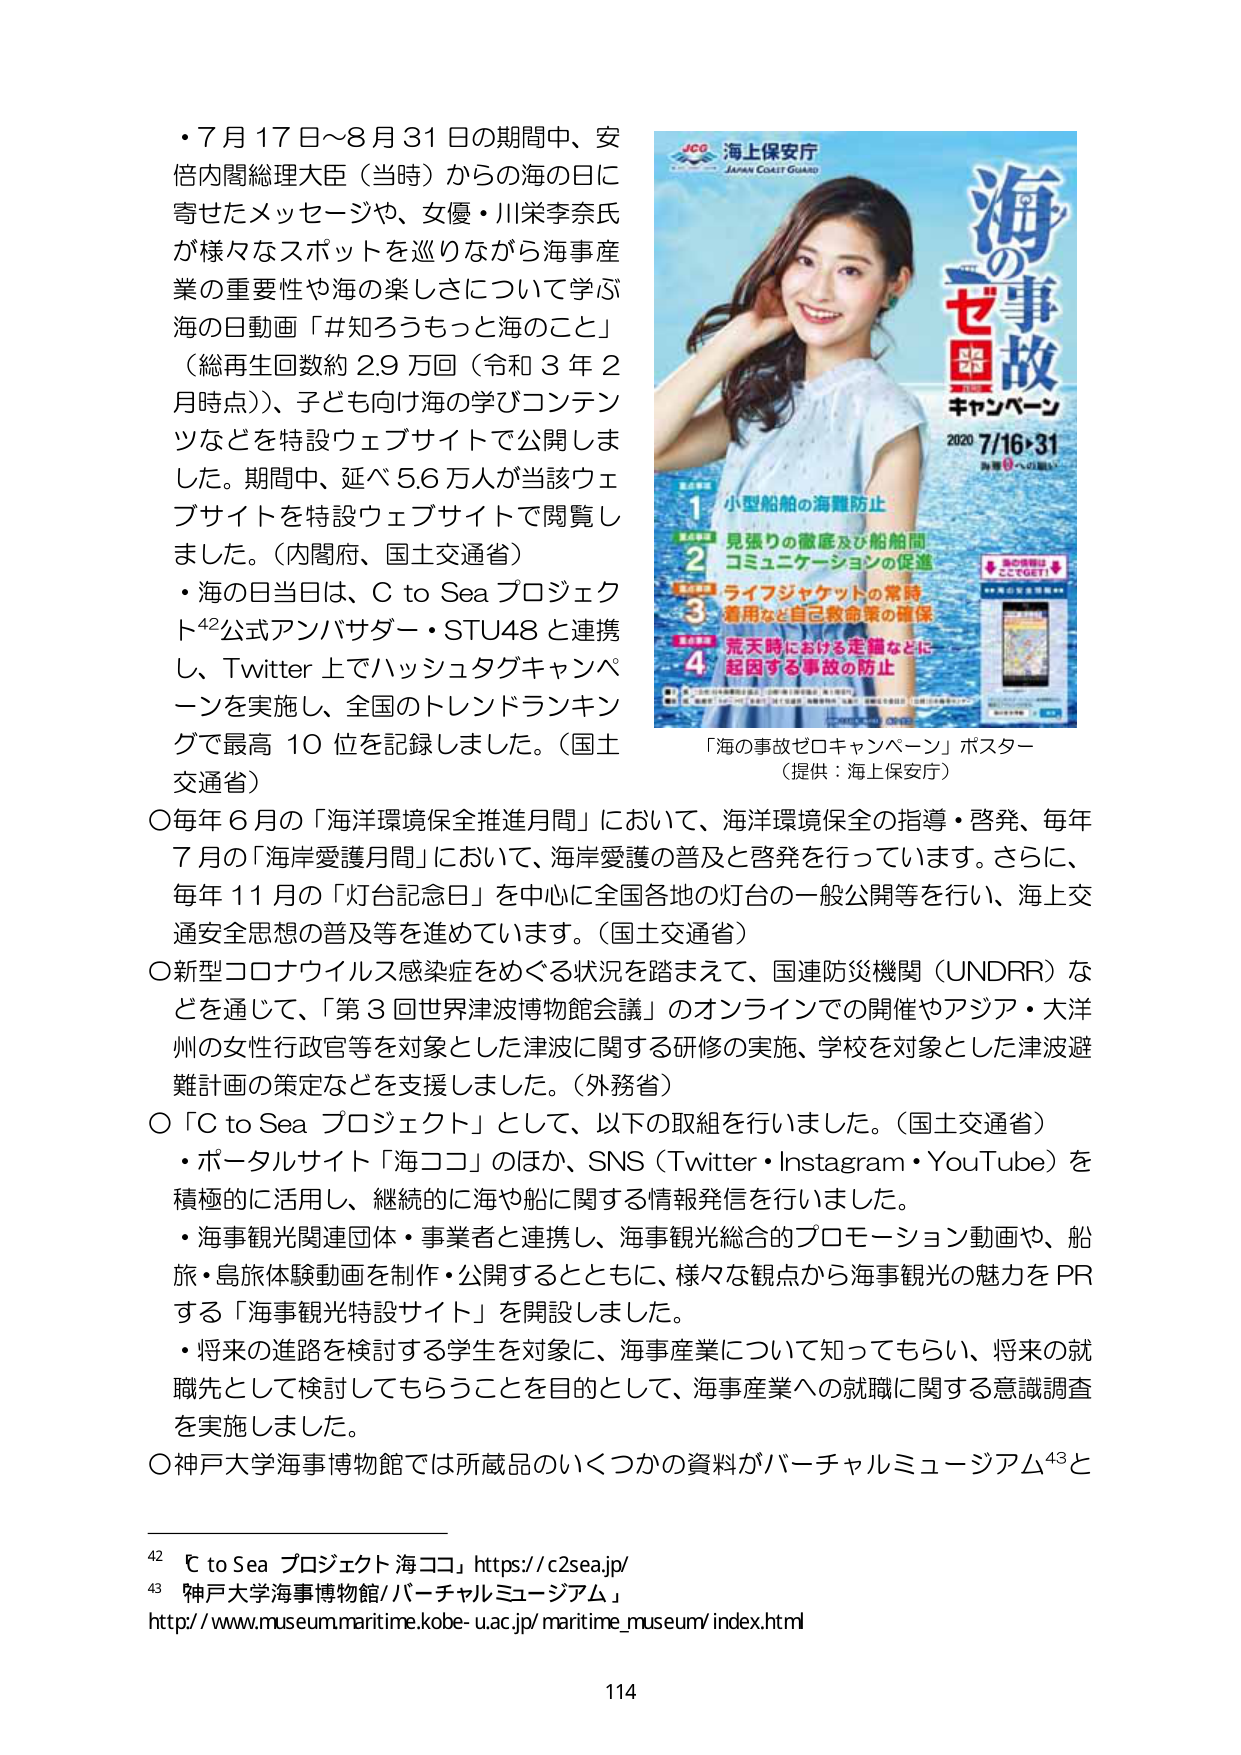
・7月17日～8月31日の期間中、安倍内閣総理大臣（当時）からの海の日に寄せたメッセージや、女優・川栄李奈氏が様々なスポットを巡りながら海事産業の重要性や海の楽しさについて学ぶ海の日動画「#知ろうもっと海のこと」（総再生回数約2.9万回（令和3年2月時点））、子ども向け海の学びコンテンツなどを特設ウェブサイトで公開しました。期間中、延べ5.6万人が当該ウェブサイトを特設ウェブサイトで閲覧しました。（内閣府、国土交通省）

・海の日当日は、C to Sea プロジェクト⁴²公式アンバサダー・STU48と連携し、Twitter上でハッシュタグキャンペーンを実施し、全国のトレンドランキングで最高10位を記録しました。（国土交通省）

○毎年6月の「海洋環境保全推進月間」において、海洋環境保全の指導・啓発、毎年7月の「海岸愛護月間」において、海岸愛護の普及と啓発を行っています。さらに、毎年11月の「灯台記念日」を中心に全国各地の灯台の一般公開等を行い、海上交通安全思想の普及等を進めています。（国土交通省）

○新型コロナウイルス感染症をめぐる状況を踏まえて、国連防災機関（UNDRR）などを通じて、「第3回世界津波博物館会議」のオンラインでの開催やアジア・大洋州の女性行政官等を対象とした津波に関する研修の実施、学校を対象とした津波避難計画の策定などを支援しました。（外務省）

○「C to Sea プロジェクト」として、以下の取組を行いました。（国土交通省）
・ポータルサイト「海ココ」のほか、SNS（Twitter・Instagram・YouTube）を積極的に活用し、継続的に海や船に関する情報発信を行いました。
・海事観光関連団体・事業者と連携し、海事観光総合的プロモーション動画や、船旅・島旅体験動画を制作・公開するとともに、様々な観点から海事観光の魅力をPRする「海事観光特設サイト」を開設しました。
・将来の進路を検討する学生を対象に、海事産業について知ってもらい、将来の就職先として検討してもらうことを目的として、海事産業への就職に関する意識調査を実施しました。

○神戸大学海事博物館では所蔵品のいくつかの資料がバーチャルミュージアム⁴³と

「海の事故ゼロキャンペーン」ポスター
（提供：海上保安庁）

JCG 海上保安庁
JAPAN COAST GUARD
海の事故
ゼロ
キャンペーン
2020 7/16→31
海を守る、命を守る

1 小型船舶の海難防止
2 見張りの徹底及び船舶間コミュニケーションの促進
3 ライフジャケットの常時着用など自己救命策の確保
4 荒天時における走錨などに起因する事故の防止

海の情報はここGET!

⁴² C to Sea プロジェクト 海ココ」 https://c2sea.jp/
⁴³ 神戸大学海事博物館/バーチャルミュージアム」
http://www.museum.maritime.kobe-u.ac.jp/maritime_museum/index.html

114